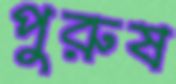
পুরুষ